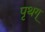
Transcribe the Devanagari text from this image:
पृथग्